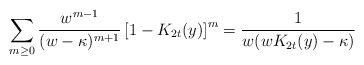
\begin{align*}\sum_{m \geq 0} \frac{w^{m-1}}{(w-\kappa)^{m+1}}\left[1-K_{2t}(y)\right]^m = \frac{1}{w(wK_{2t}(y) - \kappa)}\end{align*}